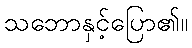
သဘောနှင့်ပြော၏။